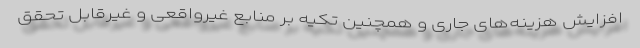
افزایش هزینه‌های جاری و همچنین تکیه بر منابع غیرواقعی و غیرقابل تحقق